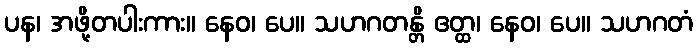
ပန၊ အဖို့တပါးကား။ နေဝ၊ ပေ။ သဟဂတန္တိ ဧတ္ထ၊ နေဝ၊ ပေ။ သဟဂတံ